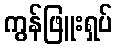
ကွန်ဖြူးရှပ်